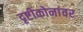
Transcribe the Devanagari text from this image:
दृष्टीकोनांवर